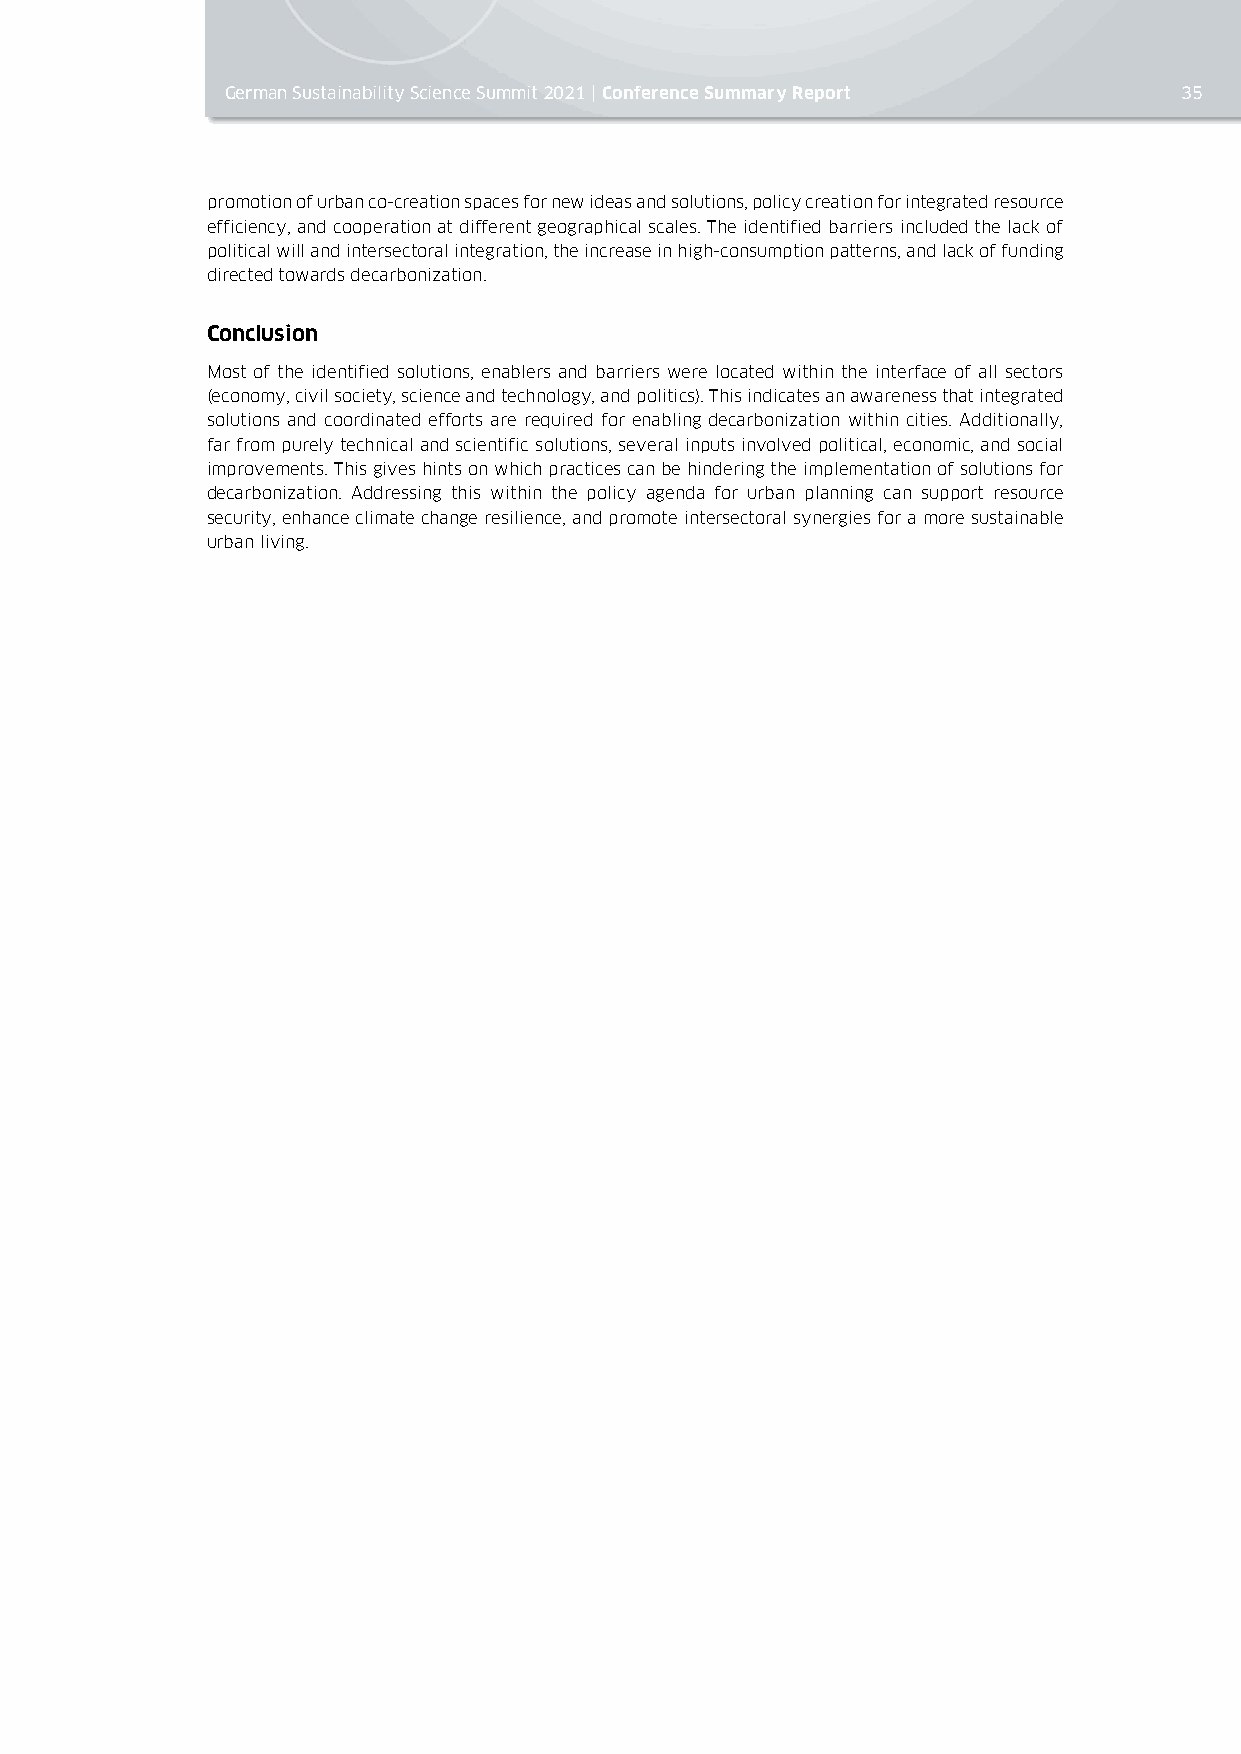
German Sustainability Science Summit 2021 | Conference Summary Report 35
 promotion of urban co-creation spaces for new ideas and solutions, policy creation for integrated resource
 efficiency, and cooperation at different geographical scales. The identified barriers included the lack of
 political will and intersectoral integration, the increase in high-consumption patterns, and lack of funding
 directed towards decarbonization.
 Conclusion
 Most of the identified solutions, enablers and barriers were located within the interface of all sectors
 (economy, civil society, science and technology, and politics). This indicates an awareness that integrated
 solutions and coordinated efforts are required for enabling decarbonization within cities. Additionally,
 far from purely technical and scientific solutions, several inputs involved political, economic, and social
 improvements. This gives hints on which practices can be hindering the implementation of solutions for
 decarbonization. Addressing this within the policy agenda for urban planning can support resource
 security, enhance climate change resilience, and promote intersectoral synergies for a more sustainable
 urban living.